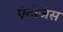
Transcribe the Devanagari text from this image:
एंटीजंस